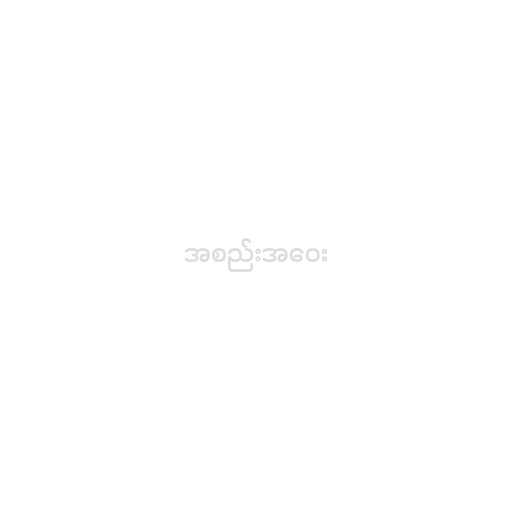
အစည်းအဝေး